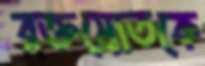
রক্তস্রোতকে